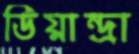
ডিয়ান্দ্রা